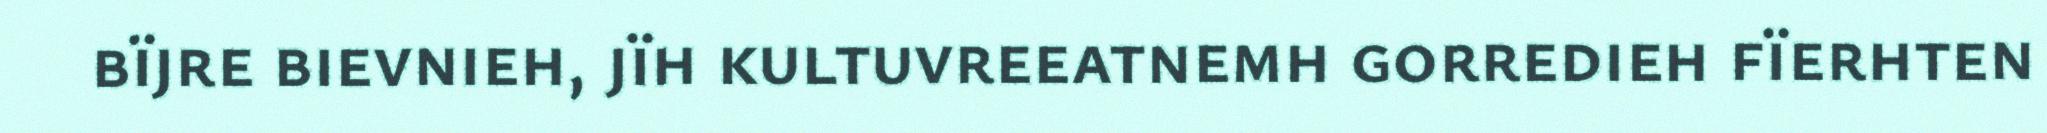
bïjre bievnieh, jïh kultuvreeatnemh gorredieh fïerhten